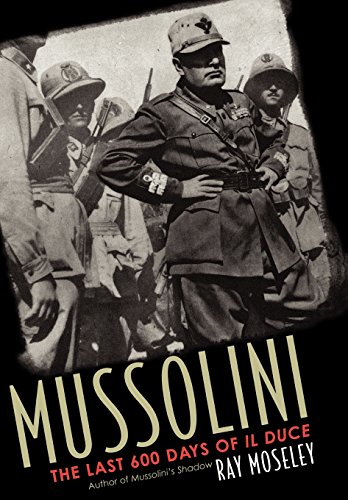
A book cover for Mussolini: The Last 600 Days of IL Duce; Ray Moseley; Biographies & Memoirs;